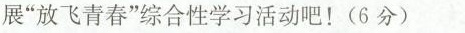
展”放飞青春”综合性学习活动吧！(6分)